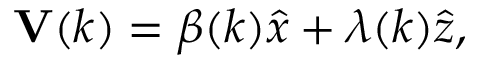
{ \bf V } ( k ) = \beta ( k ) \hat { x } + \lambda ( k ) \hat { z } ,